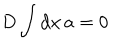
D \int \mathrm { d } x \, a = 0